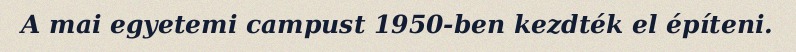
A mai egyetemi campust 1950-ben kezdték el építeni.